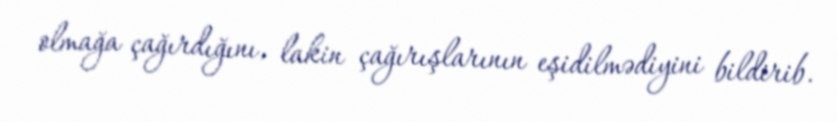
olmağa çağırdığını, lakin çağırışlarının eşidilmədiyini bildirib.